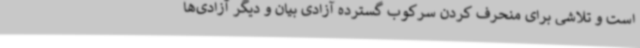
است و تلاشی برای منحرف کردن سرکوب گسترده آزادی بیان و دیگر آزادی‌ها